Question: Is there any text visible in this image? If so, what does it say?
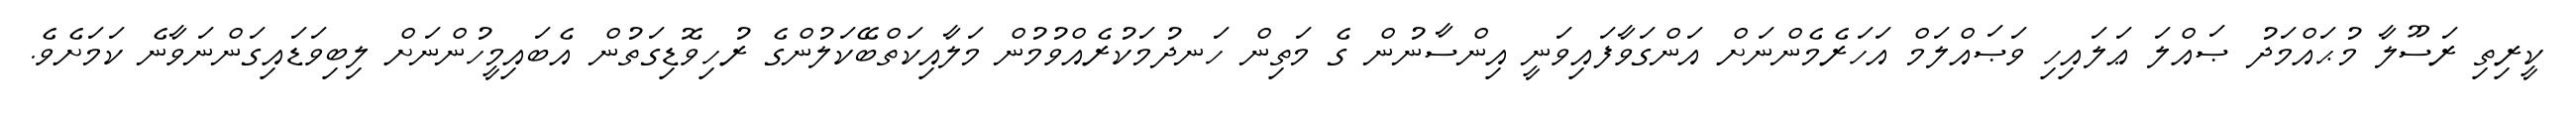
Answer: ކީރިތި ރަސޫލާ މުޙައްމަދު ޞައްލަ ޢަލައިހި ވަޞައްލަމް އަހަރެމެންނަށް އަންގަވާފައިވަނީ އިންސާނުން ގެ މަތިން ހަނދުމަކުރެއްވުމުން މަލާއިކަތްބޭކަލުންގެ ރުހިވޮޑިގަތުން އެބައިމީހުންނަށް ލިބިވަޑައިގަންނަވާނެ ކަމަށެވެ.